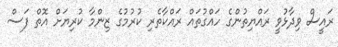
ރައީސް ވިދާޅުވީ ރައްޔިތުންގެ ހައްގުތައް ރައްކާތެރި ކުރުމުގެ ޒިންމާ ކުރިޔަށް އޮތް ފަސް